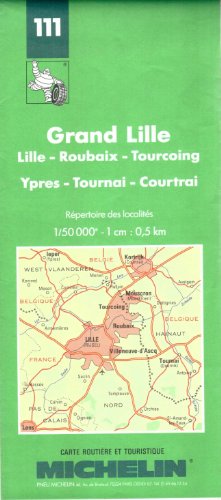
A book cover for Michelin Map: Grand Lille (Michelin Maps); Michelin Travel Publications; Travel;